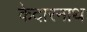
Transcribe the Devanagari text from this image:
केदारनाथ